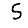
Digit: 5